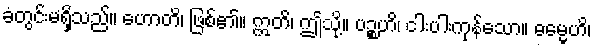
ခံတွင်းမရှိသည်။ ဟောတိ၊ ဖြစ်၏။ ဣတိ၊ ဤသို့။ ပဉ္စဟိ၊ ငါးပါးကုန်သော။ ဓမ္မေဟိ၊